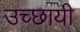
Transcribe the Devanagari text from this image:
उच्छायी